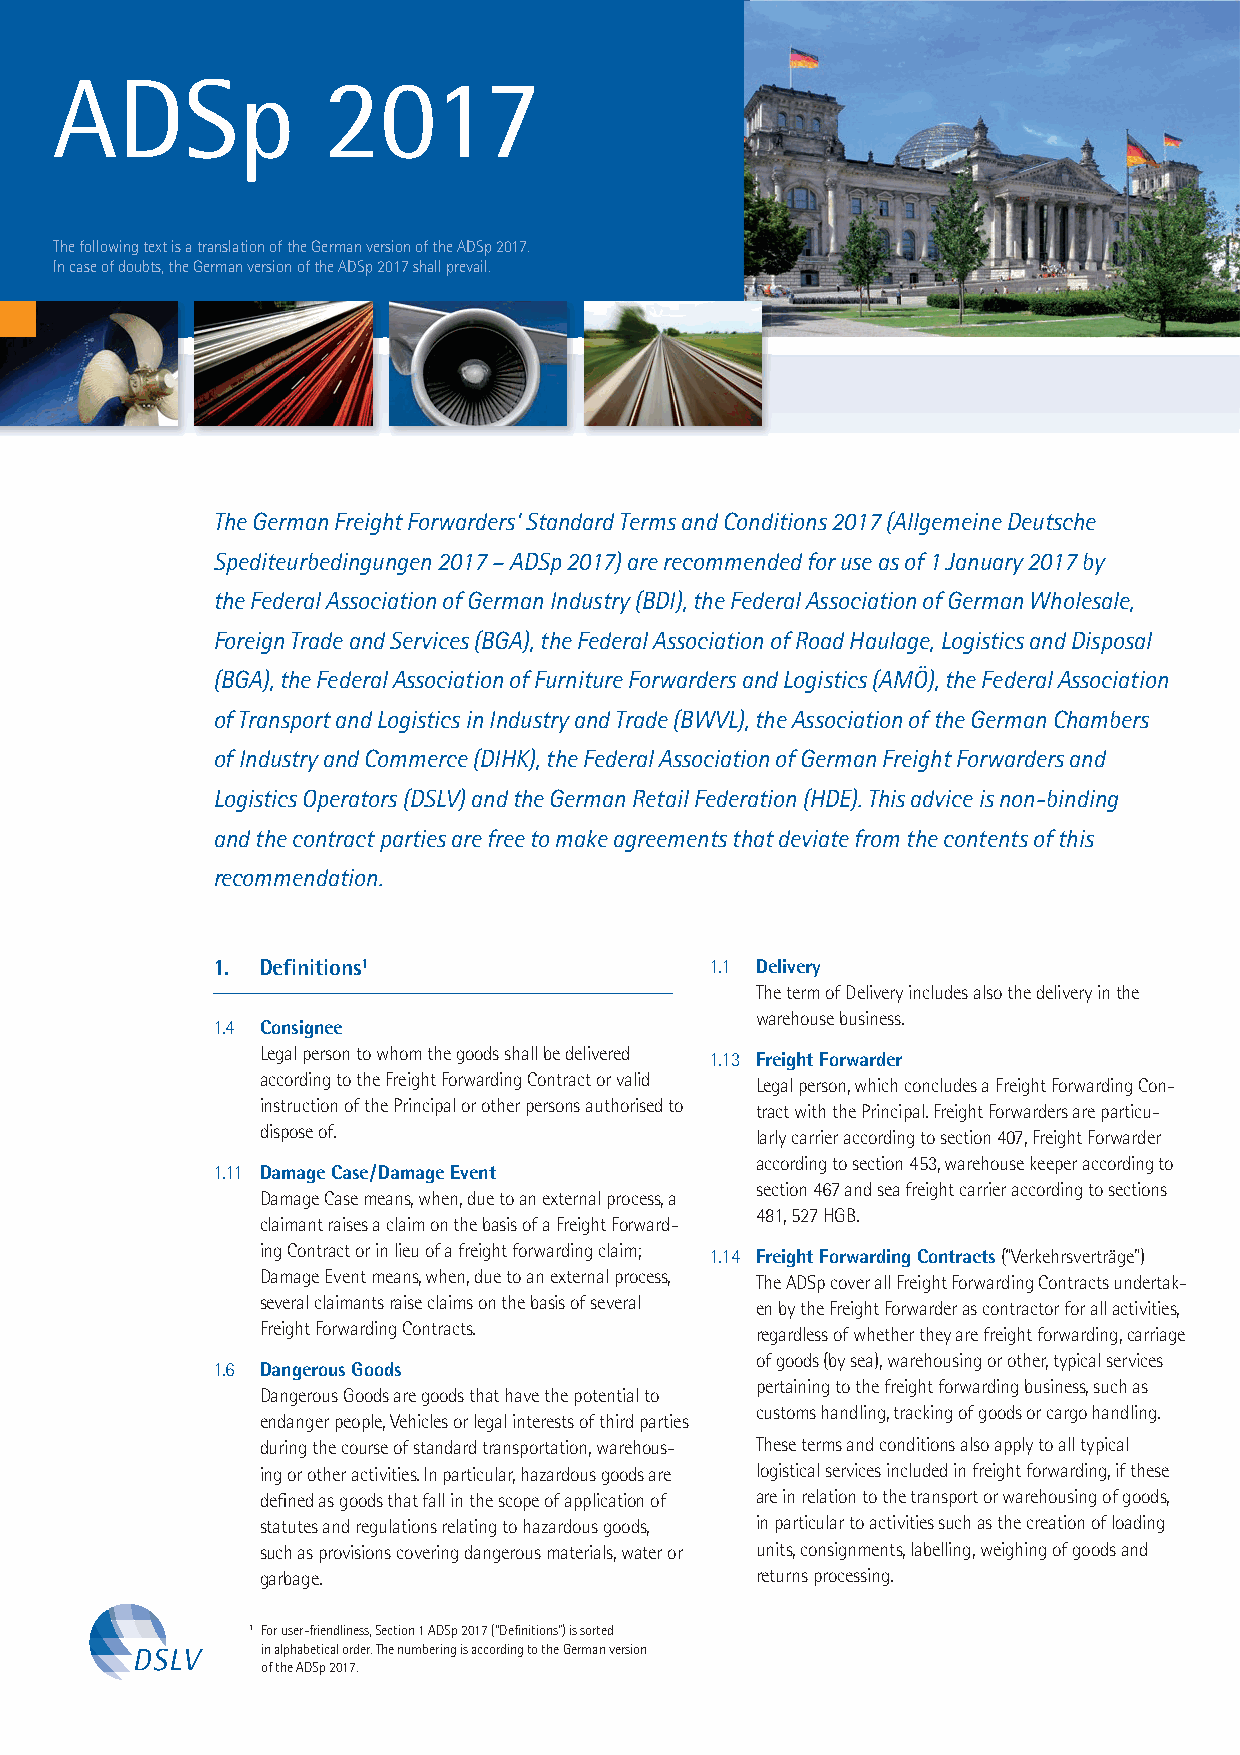
ADSp              2017
 The following text is a translation of the German version of the ADSp 2017.
 In case of doubts, the German version of the ADSp 2017 shall prevail.
 The German Freight Forwarders’ Standard Terms and Conditions 2017 (Allgemeine Deutsche
 Spediteurbedingungen 2017 – ADSp 2017) are recommended for use as of 1 January 2017 by
 the Federal Association of German Industry (BDI), the Federal Association of German Wholesale,
 Foreign Trade and Services (BGA), the Federal Association of Road Haulage, Logistics and Disposal
 (BGA), the Federal Association of Furniture Forwarders and Logistics (AMÖ), the Federal Association
 of Transport and Logistics in Industry and Trade (BWVL), the Association of the German Chambers
 of Industry and Commerce (DIHK), the Federal Association of German Freight Forwarders and
 Logistics Operators (DSLV) and the German Retail Federation (HDE). This advice is non-binding
 and the contract parties are free to make agreements that deviate from the contents of this
 recommendation.
 1. Definitions1                  1.1 Delivery
 The term of Delivery includes also the delivery in the
 warehouse business.
 1.4 Consignee
 Legal person to whom the goods shall be delivered 1.13 Freight Forwarder
 according to the Freight Forwarding Contract or valid Legal person, which concludes a Freight Forwarding Con-
 instruction of the Principal or other persons authorised to tract with the Principal. Freight Forwarders are particu-
 dispose of.                      larly carrier according to section 407, Freight Forwarder
 according to section 453, warehouse keeper according to
 1.11 Damage Case/Damage Event
 section 467 and sea freight carrier according to sections
 Damage Case means, when, due to an external process, a
 481, 527 HGB.
 claimant raises a claim on the basis of a Freight Forward-
 ing Contract or in lieu of a freight forwarding claim; 1.14 Freight Forwarding Contracts (“Verkehrsverträge”)
 Damage Event means, when, due to an external process, The ADSp cover all Freight Forwarding Contracts undertak-
 several claimants raise claims on the basis of several en by the Freight Forwarder as contractor for all activities,
 Freight Forwarding Contracts.    regardless of whether they are freight forwarding, carriage
 of goods (by sea), warehousing or other, typical services
 1.6 Dangerous Goods
 pertaining to the freight forwarding business, such as
 Dangerous Goods are goods that have the potential to
 customs handling, tracking of goods or cargo handling.
 endanger people, Vehicles or legal interests of third parties
 during the course of standard transportation, warehous- These terms and conditions also apply to all typical
 ing or other activities. In particular, hazardous goods are logistical services included in freight forwarding, if these
 defined as goods that fall in the scope of application of are in relation to the transport or warehousing of goods,
 statutes and regulations relating to hazardous goods, in particular to activities such as the creation of loading
 such as provisions covering dangerous materials, water or units, consignments, labelling, weighing of goods and
 garbage.                         returns processing.
 1 For user-friendliness, Section 1 ADSp 2017 (“Definitions”) is sorted
 in alphabetical order. The numbering is according to the German version
 of the ADSp 2017.